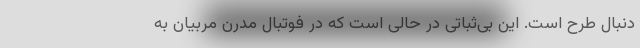
دنبال طرح است. این بی‌ثباتی در حالی است که در فوتبال مدرن مربیان به